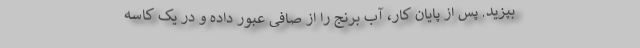
بپزید. پس از پایان کار، آب برنج را از صافی عبور داده و در یک کاسه